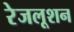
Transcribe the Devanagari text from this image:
रेजलूशन